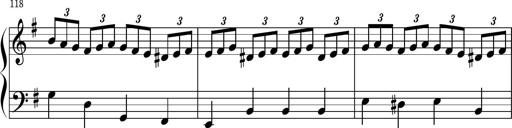
Title: Keyboard Sonatina in G
Composer: Michael Pogudin
Key: G major